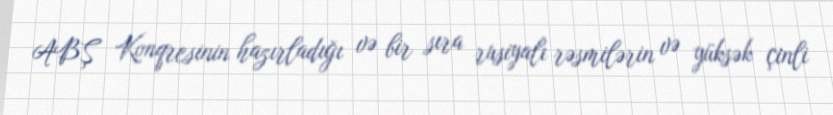
ABŞ Konqresinin hazırladığı və bir sıra rusiyalı rəsmilərin və yüksək çinli